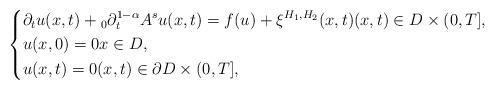
LaTeX: \begin{align*}\left\{\begin{aligned}&\partial_{t}u(x,t)+{}_{0}\partial_{t}^{1-\alpha}A^{s} u(x,t)=f(u)+\xi^{H_{1},H_{2}}(x,t)(x,t)\in{D}\times (0,T],\\&u(x,0)=0x\in{D},\\&u(x,t)=0(x,t)\in\partial{D}\times (0,T],\end{aligned}\right.\end{align*}